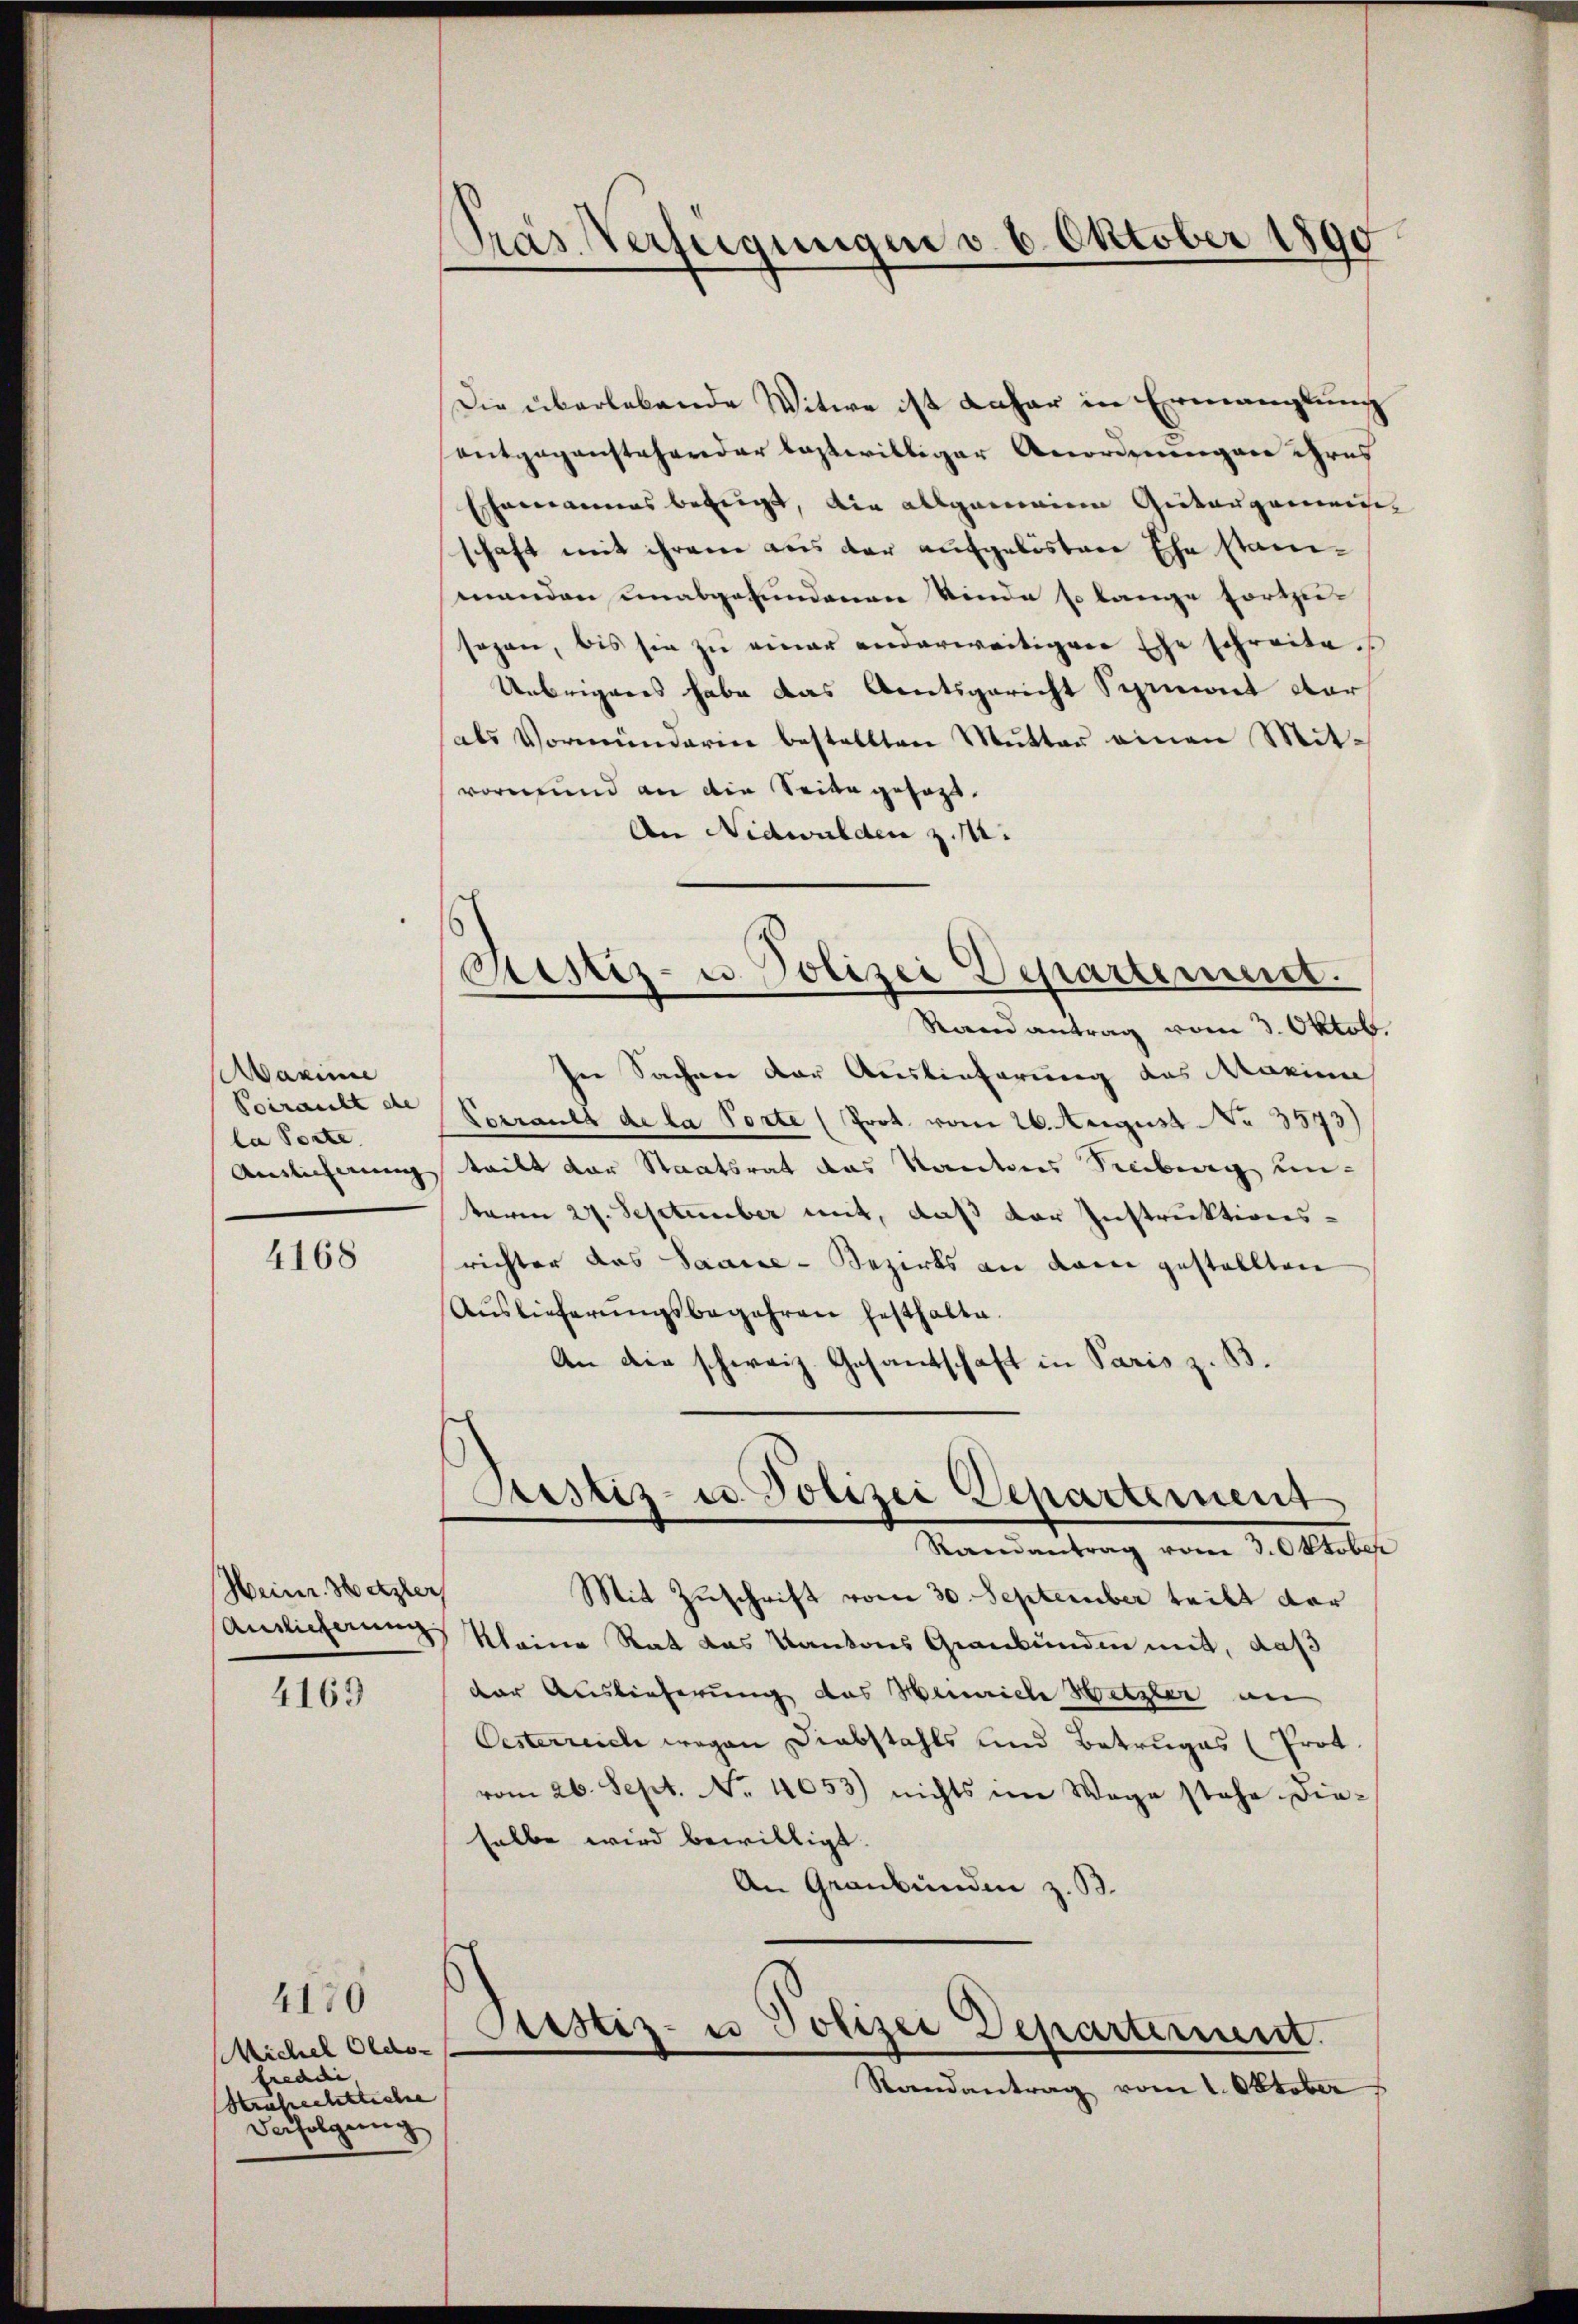
Aaximie
Poirault de
la Porte.
Anslicherung

4168

Heinr. Hatzler

4163

4170
Michel Oldo-
freddi
Strafrechtliche
Verfolgung

Pras Verfügungen d. 6. Oktober 1890

Sistiz- u. Polizei Departement.

Die überlebende Witwe ist daher in Ermanglung
entgegenstehender leztwilliger Anordnungen ihres
hannes bezeigt, die allgemeine Giiterganisch
schaft mit ihrem aus der aufgelöstere Ehe stanimanden unabgefundenen Kinde so lange fortzusagen, bis sie zu einer anderweitigere Ehe schreite s
Uebrigens habe das Amtsgericht Seriet dar
als Vormünderin bestellten Mutter einen Mitvormund an die Seite gesagt.
An Nidwalden zu.
Rand antrag vom 3. Oktob.
ser Sachen der Auslieferung des Marien
Vorraula de la Porte (Prot. vom 26. August No. 3573)
teilt der Staatsrat das Kantons Seeberg unterm 27. September mit, daß der Instruktionsrichter das Saane-Bezirks an dem gestellten
Auslieferŭngsbegehren festhalte.
An die schweiz. Gesandschaft in Paris z. B.
Justiz- u. Polizei Departement
Randantrag vom 3. Oktober
Mit Zuschrift vom 30. September teilt dar
Auslicherung kleine Rat das Kantons Graubünden mit, daß
der Auslieferung das Weinrich Wetzler an
Oesterreich wegen Diabstahls und Betruges (Prot.
vom 26. Sept. No. 4053) nichts im Wege stehe. Die-
salbe wird bewilligt.
An Graubünden z. B.
Justiz- u
Polizei Departement.
Randantrag vom 1. Oktober